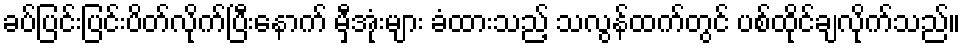
ခပ်ပြင်းပြင်းပိတ်လိုက်ပြီးနောက် မှီအုံးများ ခံထားသည့် သလွန်ထက်တွင် ပစ်ထိုင်ချလိုက်သည်။